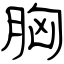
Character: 胸